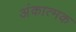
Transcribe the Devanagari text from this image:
अंकात्मक